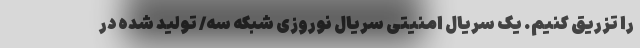
را تزریق کنیم. یک سریال امنیتی سریال نوروزی شبکه سه/ تولید شده در